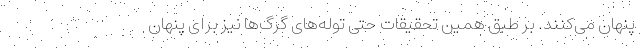
پنهان می‌کنند. بر طبق همین تحقیقات حتی توله‌های گرگ‌ها نیز برای پنهان